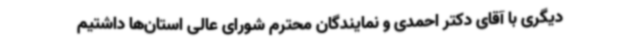
دیگری با آقای دکتر احمدی و نمایندگان محترم شورای عالی استان‌ها داشتیم